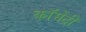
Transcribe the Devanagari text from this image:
कॉमेंट्री